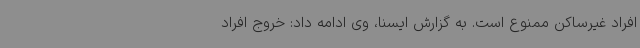
افراد غیرساکن ممنوع است. به گزارش ایسنا، وی ادامه داد: خروج افراد